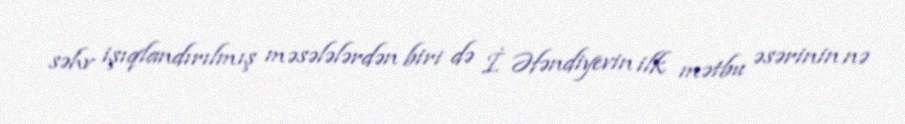
səhv işıqlandırılmış məsələlərdən biri də İ. Əfəndiyevin ilk mətbu əsərinin nə